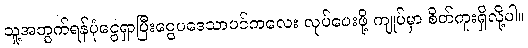
သူ့အတွက်ရန်ပုံငွေရှာပြီးငွေပဒေသာပင်ကလေး လုပ်ပေးဖို့ ကျုပ်မှာ စိတ်ကူးရှိလို့ပါ။